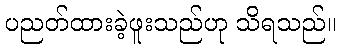
ပညတ်ထားခဲ့ဖူးသည်ဟု သိရသည်။